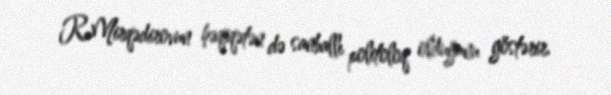
R.Mirqədirovun həqiqətən də sanballı politoloq olduğunu göstərir.